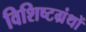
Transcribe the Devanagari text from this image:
विशिष्टग्रंथों